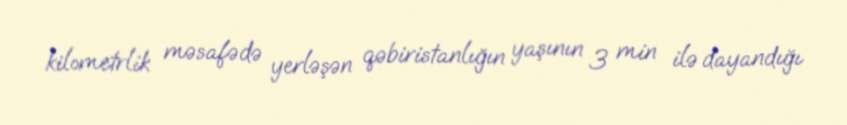
kilometrlik məsafədə yerləşən qəbiristanlığın yaşının 3 min ilə dayandığı